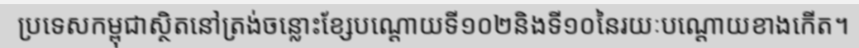
ប្រទេសកម្ពុជាស្ថិតនៅត្រង់ចន្លោះខ្សែបណ្តោយទី១០២និងទី១០នៃរយៈបណ្តោយខាងកើត។